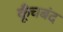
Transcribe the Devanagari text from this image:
कूँचबंद